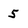
Character: 5